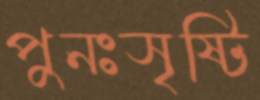
পুনঃসৃষ্টি